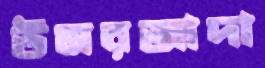
উমরজাদা